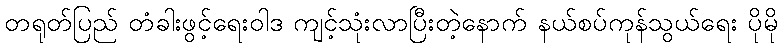
တရုတ်ပြည် တံခါးဖွင့်ရေးဝါဒ ကျင့်သုံးလာပြီးတဲ့နောက် နယ်စပ်ကုန်သွယ်ရေး ပိုမို